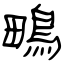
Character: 鴫